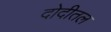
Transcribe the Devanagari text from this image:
दोदीतल